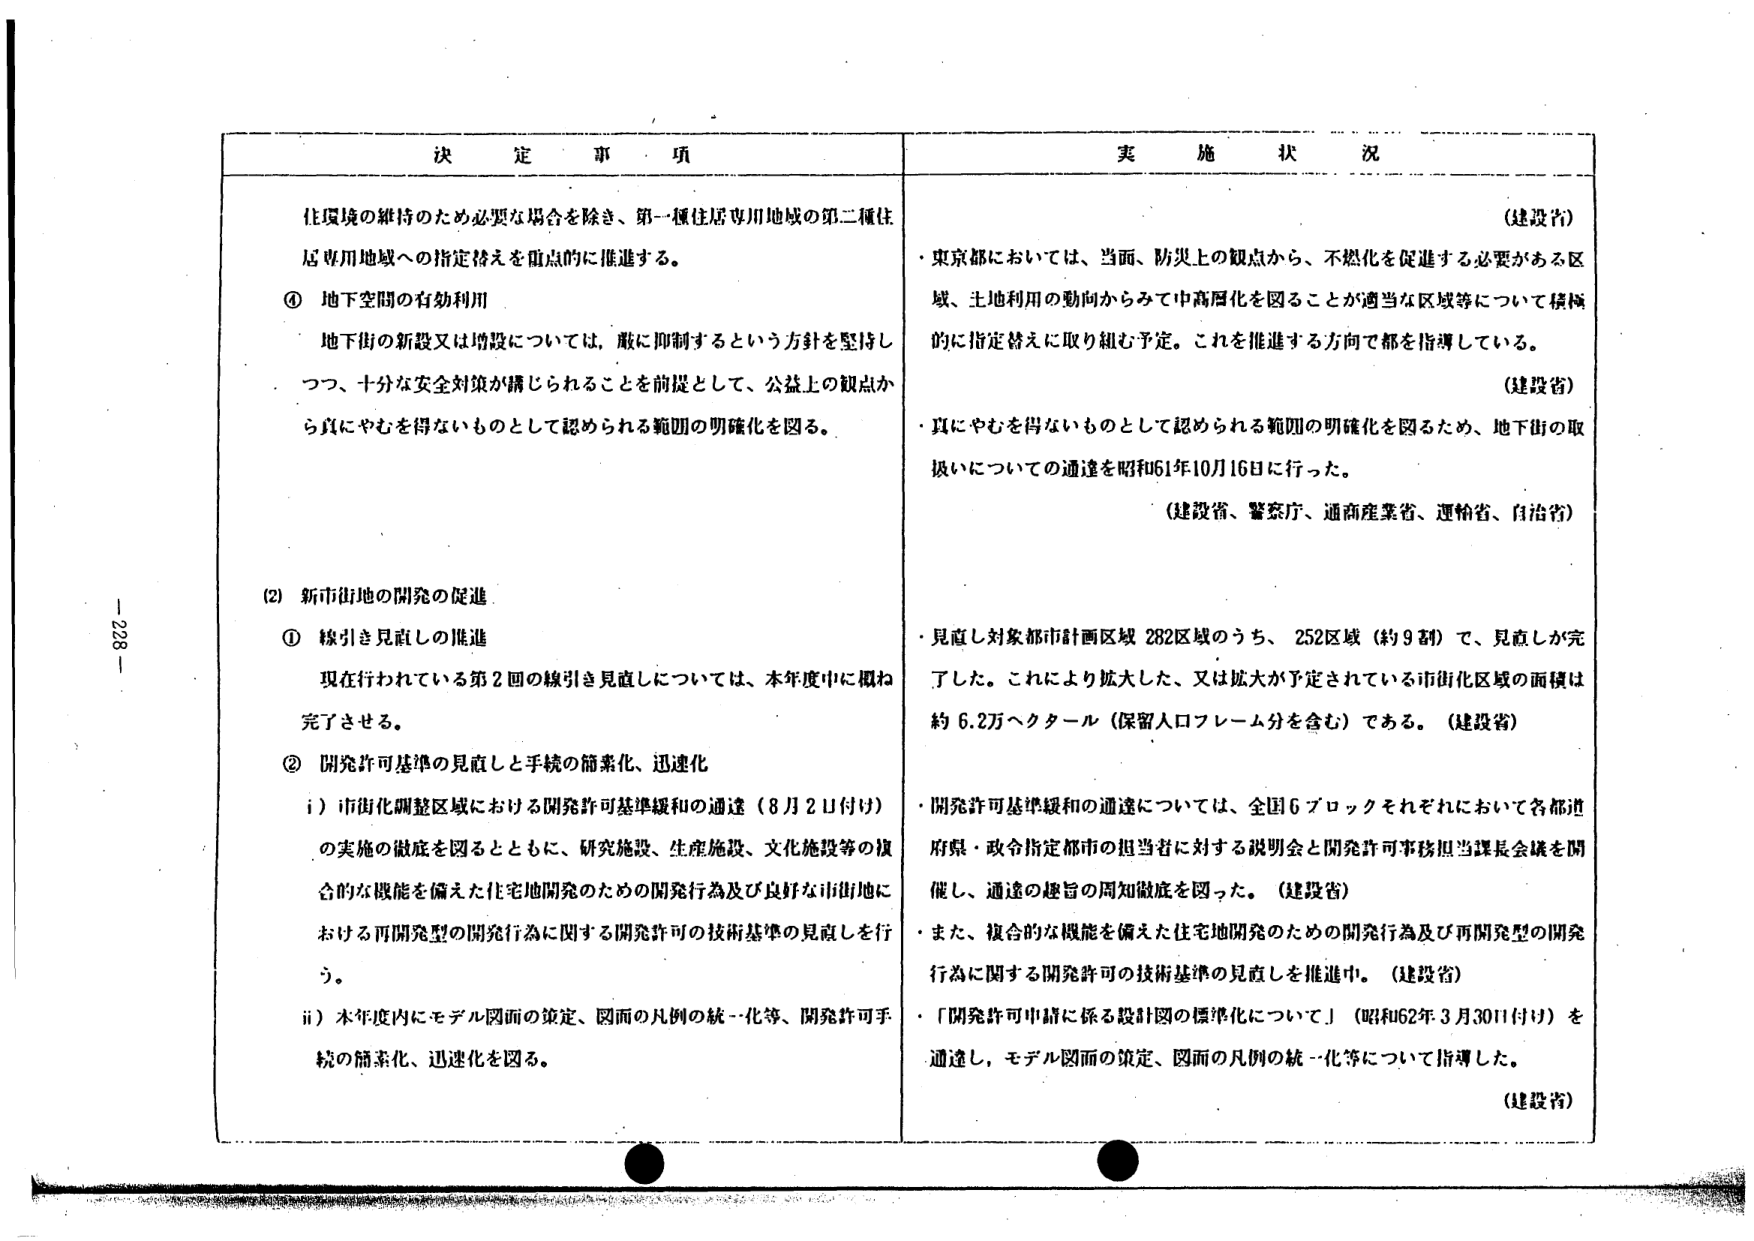
決 定 事 項

住環境の維持のため必要な場合を除き、第一種住居専用地域の第二種住居専用地域への指定替えを重点的に推進する。

④ 地下空間の有効利用
地下街の新設又は増設については、厳に抑制するという方針を堅持しつつ、十分な安全対策が講じられることを前提として、公益上の観点から真にやむを得ないものとして認められる範囲の明確化を図る。

(2) 新市街地の開発の促進
① 線引き見直しの推進
現在行われている第2回の線引き見直しについては、本年度中に概ね完了させる。

② 開発許可基準の見直しと手続の簡素化、迅速化
i）市街化調整区域における開発許可基準緩和の通達（8月2日付け）
の実施の徹底を図るとともに、研究施設、生産施設、文化施設等の複合的な機能を備えた住宅地開発のための開発行為及び良好な市街地における再開発型の開発行為に関する開発許可の技術基準の見直しを行う。
ii）本年度内にモデル図面の策定、図面の凡例の統一化等、開発許可手続の簡素化、迅速化を図る。

実 施 状 況

（建設省）
・東京都においては、当面、防災上の観点から、不燃化を促進する必要がある区域、土地利用の動向からみて中高層化を図ることが適当な区域等について積極的に指定替えに取り組む予定。これを推進する方向で都を指導している。

（建設省）
・真にやむを得ないものとして認められる範囲の明確化を図るため、地下街の取扱いについての通達を昭和61年10月16日に行った。
（建設省、警察庁、通商産業省、運輸省、自治省）

・見直し対象都市計画区域282区域のうち、252区域（約9割）で、見直しが完了した。これにより拡大した、又は拡大が予定されている市街化区域の面積は約6.2万ヘクタール（保留人口フレーム分を含む）である。（建設省）

・開発許可基準緩和の通達については、全国6ブロックそれぞれにおいて各都道府県・政令指定都市の担当者に対する説明会と開発許可事務担当課長会議を開催し、通達の趣旨の周知徹底を図った。（建設省）
・また、複合的な機能を備えた住宅地開発のための開発行為及び再開発型の開発行為に関する開発許可の技術基準の見直しを推進中。（建設省）
・「開発許可申請に係る設計図の標準化について」（昭和62年3月30日付け）を通達し、モデル図面の策定、図面の凡例の統一化等について指導した。
（建設省）

- 228 -